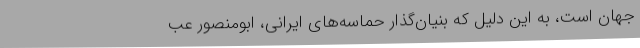
جهان است، به این دلیل که بنیان‌گذار حماسه‌های ایرانی، ابومنصور عب